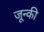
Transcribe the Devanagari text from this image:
जून्की